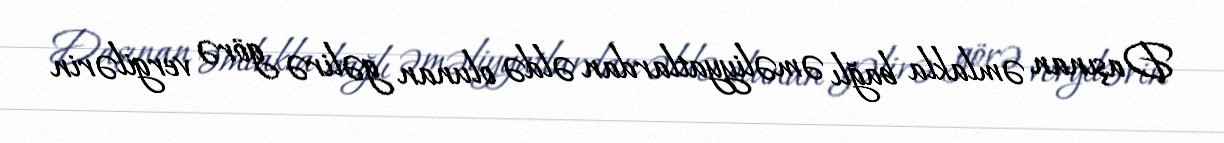
Daşınan əmlakla bağlı əməliyyatlardan əldə olunan gəlirə görə vergilərin